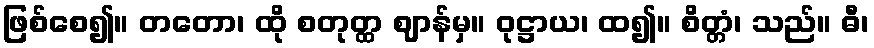
ဖြစ်စေ၍။ တတော၊ ထို စတုတ္ထ ဈာန်မှ။ ဝုဋ္ဌာယ၊ ထ၍။ စိတ္တံ၊ သည်။ ဓီ၊